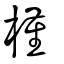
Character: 槿